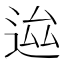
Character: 𨒴